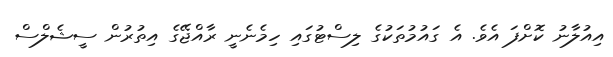
އިއުލާނު ކޮށްފަ އެވެ. އެ ގައުމުތަކުގެ ލިސްޓުގައި ހިމެނެނީ ރާއްޖޭގެ އިތުރުން ސީޝެލްސް